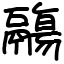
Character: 鬺